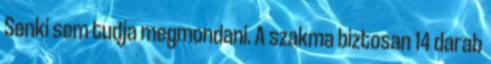
Senki sem tudja megmondani. A szakma biztosan 14 darab